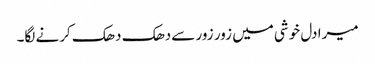
میرا دل خوشی میں زور زور سےدھک دھک کرنے لگا۔